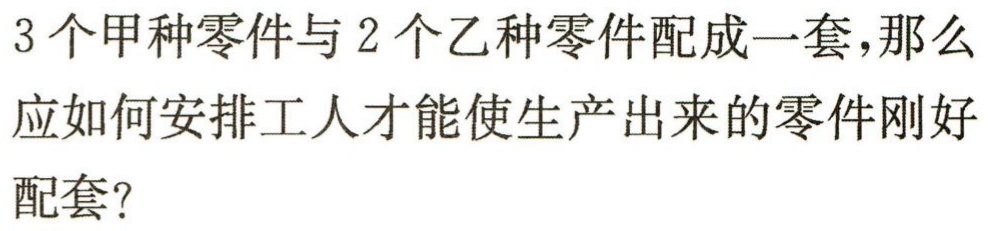
3个甲种零件与2个乙种零件配成一套，那么

应如何安排工人才能使生产出来的零件刚好

配套？